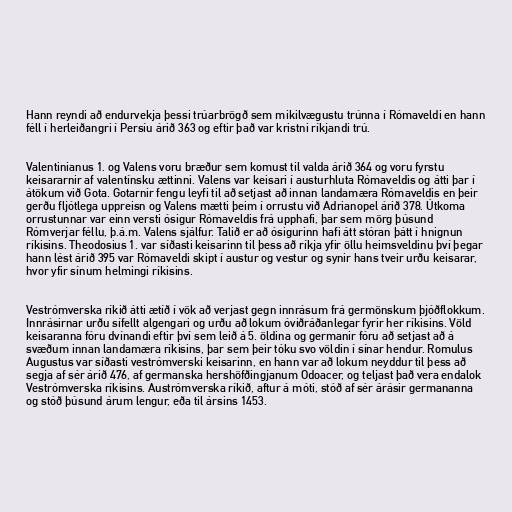
Hann reyndi að endurvekja þessi trúarbrögð sem mikilvægustu trúnna í Rómaveldi en hann
féll í herleiðangri í Persíu árið 363 og eftir það var kristni ríkjandi trú.

Valentinianus 1. og Valens voru bræður sem komust til valda árið 364 og voru fyrstu
keisararnir af valentínsku ættinni. Valens var keisari í austurhluta Rómaveldis og átti þar í
átökum við Gota. Gotarnir fengu leyfi til að setjast að innan landamæra Rómaveldis en þeir
gerðu fljótlega uppreisn og Valens mætti þeim í orrustu við Adrianopel árið 378. Útkoma
orrustunnar var einn versti ósigur Rómaveldis frá upphafi, þar sem mörg þúsund
Rómverjar féllu, þ.á.m. Valens sjálfur. Talið er að ósigurinn hafi átt stóran þátt í hnignun
ríkisins. Theodosius 1. var síðasti keisarinn til þess að ríkja yfir öllu heimsveldinu því þegar
hann lést árið 395 var Rómaveldi skipt í austur og vestur og synir hans tveir urðu keisarar,
hvor yfir sínum helmingi ríkisins.

Vestrómverska ríkið átti ætíð í vök að verjast gegn innrásum frá germönskum þjóðflokkum.
Innrásirnar urðu sífellt algengari og urðu að lokum óviðráðanlegar fyrir her ríkisins. Völd
keisaranna fóru dvínandi eftir því sem leið á 5. öldina og germanir fóru að setjast að á
svæðum innan landamæra ríkisins, þar sem þeir tóku svo völdin í sínar hendur. Romulus
Augustus var síðasti vestrómverski keisarinn, en hann var að lokum neyddur til þess að
segja af sér árið 476, af germanska hershöfðingjanum Odoacer, og teljast það vera endalok
Vestrómverska ríkisins. Austrómverska ríkið, aftur á móti, stóð af sér árásir germananna
og stóð þúsund árum lengur, eða til ársins 1453.